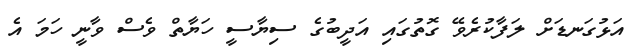
އަޅުގަނޑަށް ލަފާކުރެވޭ ގޮތުގައި އަދީބުގެ ސިޔާސީ ހަޔާތް ވެސް ވާނީ ހަމަ އެ